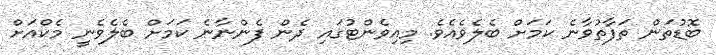
ބޮޑުތަން ތަފާތުވާނެ ކަމަށް ބެލެވެއެވެ. މިއިވެންޓުގައި ދެން ފެންނާނެ ކަމަށް ބެލެވެނީ މެކްއަށް